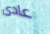
عادى